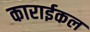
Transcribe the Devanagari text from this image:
काराईकल